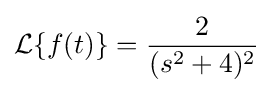
{\mathcal {L}}\{f(t)\}={\frac {2}{(s^{2}+4)^{2}}}